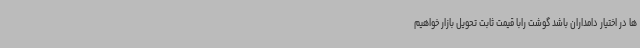
ها در اختیار دامداران باشد گوشت رابا قیمت ثابت تحویل بازار خواهیم